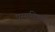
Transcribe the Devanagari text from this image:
पुस्यमित्राने